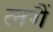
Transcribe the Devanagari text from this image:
लगैं